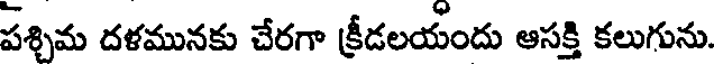
పశ్చిమ దళమునకు చేరగా క్రీడలయందు ఆసక్తి కలుగును.